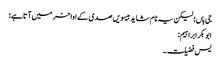
جی ہاں؛ لیکن یہ نام شاید بیسویں صدی کے اواخر میں آتا ہے؛
ابوبکر ابراہیم:
یس فضیلت۔